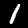
Digit: 1